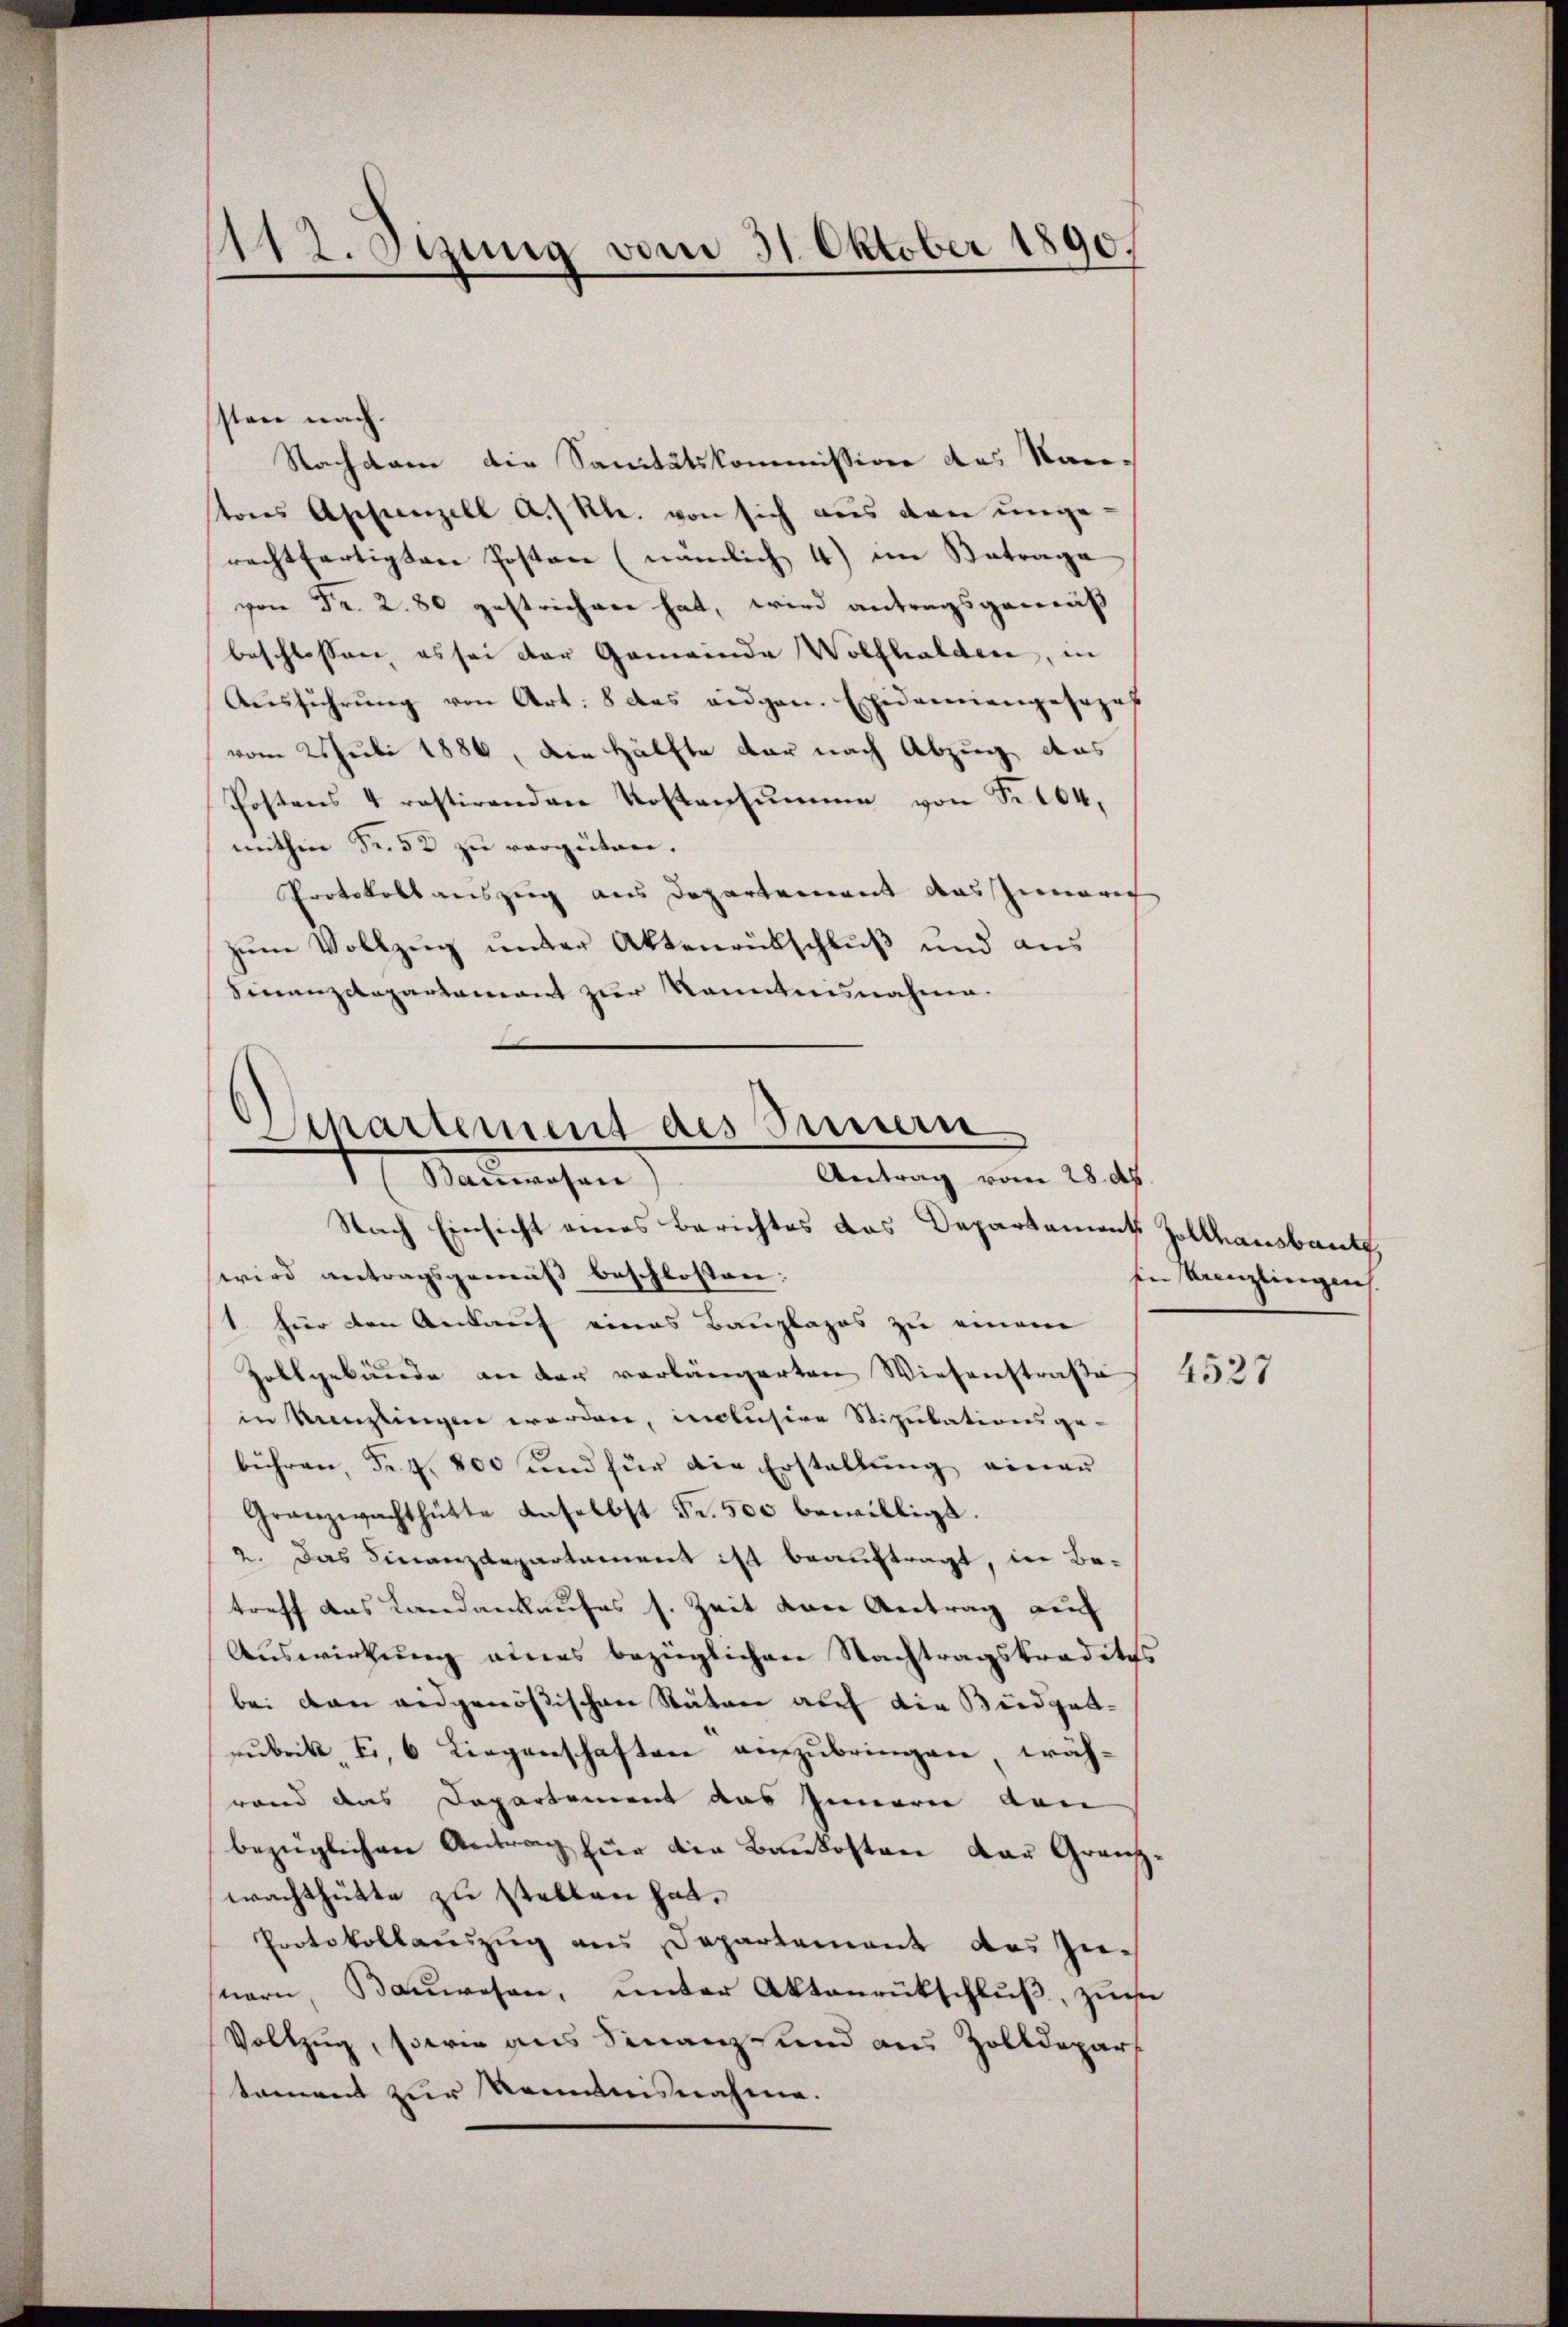
112. Sitzung vom 31. Oktober 1890.

sten nach.
Nachdem die Sanitätskommission des Kantons Appenzell A. Rh. von sich aus den ungerechtfertigten Posten (nämlich 4) im Antrage
von Fr. 2. 80 gestrichen hat, wird antragsgemäß
beschlossen, es sei der Gemeinde Wolfhalden, in
Aŭsführung von Art. 8 das eidgen. Epidemangosozes
vom 25 Juli 1886, die Hälfte der nach Abzug das
Postens 4 restirenden Kostensŭmme von Fr. 104,
mithin Fr. 52 zu vergüten.
Protokoll auszug aus Departement das Innern.
zum Vollzug unter Aktenrückschluß und aus
Finanzdepartement zur Kenntnisnahme.

Departement des Sinnern
Antrag vom 28. ds.
Salmosen

Nach Einsicht eines Berichtes das Departaments Zollhausbaut,
wird antragsgemäß beschlossen:
1. für den Ankauf eines Bauplazos zu einem
Zollgebäude an der vorlängerten Wiesenstraße 4525
in Kanzlingen werden, inclusive Stipulationsge-
bühren, Fr. 4. 800 und für die Erstellung einer
Granzwachthütte daselbst Fr. 500 bewilligt.
2. Das Finanzdepartament ist beauftragt, in Be-
treff das Landankaufes s. Zeit von Antrag auf
Auswirkung eines bezüglichen Nachtragstraditis
bei dan eidgenößischen Rätere auf die Budgetrubrik Ei, 6 Liegenschaften einzubringen, wäh-
rand das Departement aus Innern den
bezüglichen Antrag für die Baukosten der Grenzwachthütte zu stellen hat.
Protokollauszug aus Departement des Zunern, Bauwesen, unter Aktenrückschluß, zue
Vollzug, sowie aus Finanz und aus Zolldepart
tament zur Kenntnisnahme.

sien Kreuzlinigens.